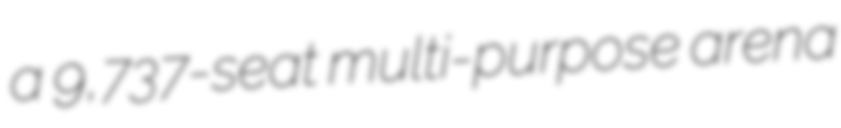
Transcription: a 9,737-seat multi-purpose arena